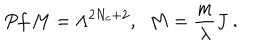
P f \, M = \Lambda ^ { 2 N _ { c } + 2 } , \; \; M = \frac { m } { \lambda } J \ .